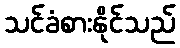
သင်ခံစားနိုင်သည်